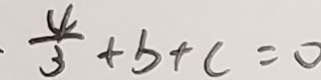
\frac { 4 } { 3 } + b + c = 0